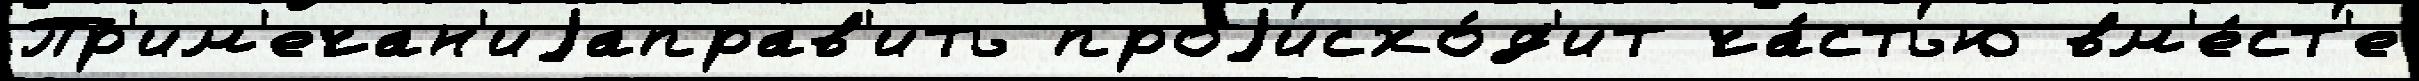
Пр'им'ечан'иjаправ'ить проjисхо́д'ит ча́стью вм'е́ст'е